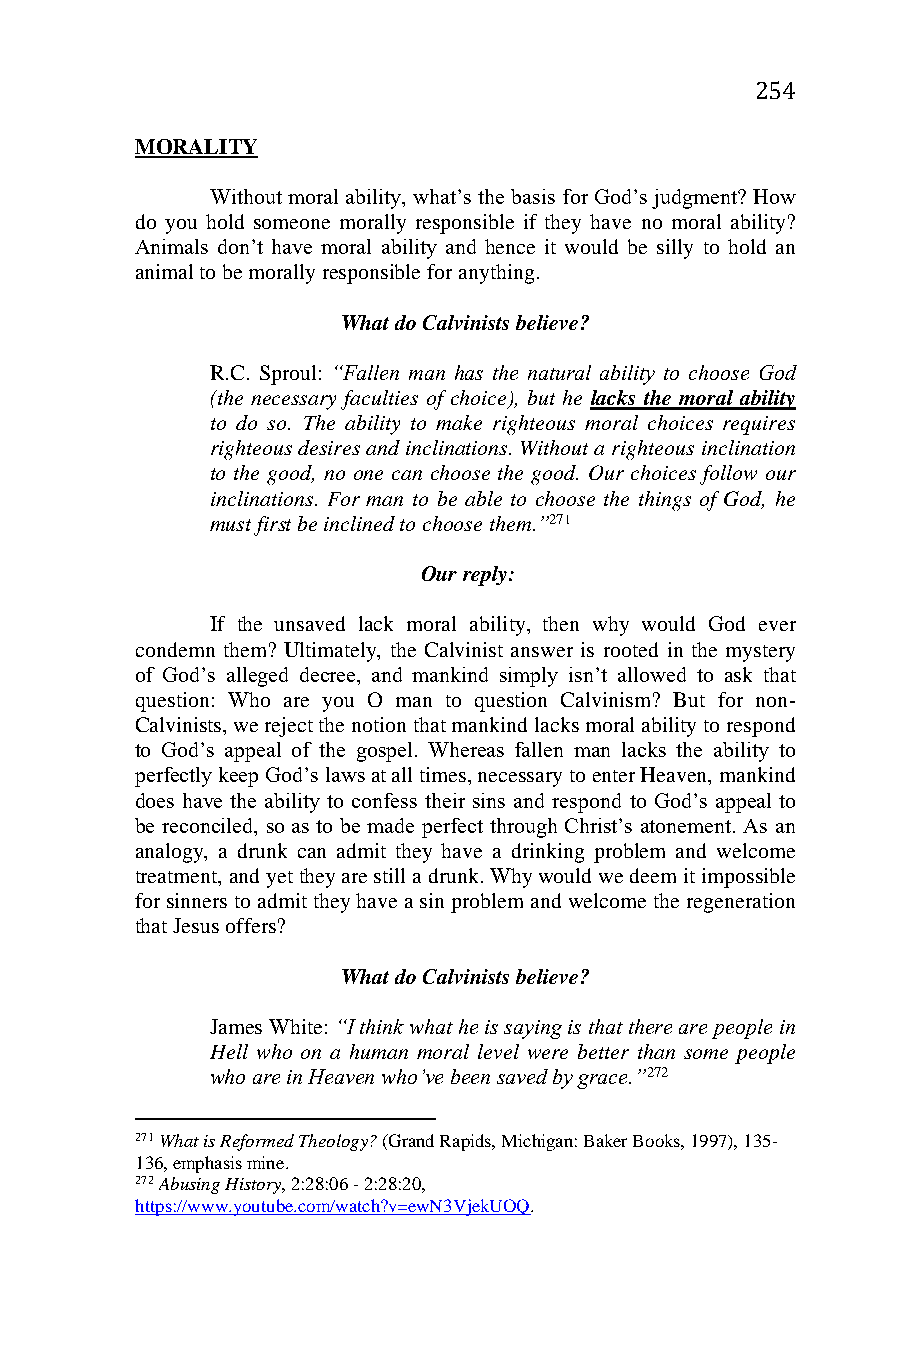
254
 MORALITY
 Without moral ability, what’s the basis for God’s judgment? How
 do you hold someone morally responsible if they have no moral ability?
 Animals don’t have moral ability and hence it would be silly to hold an
 animal to be morally responsible for anything.
 What do Calvinists believe?
 R.C. Sproul: “Fallen man has the natural ability to choose God
 (the necessary faculties of choice), but he lacks the moral ability
 to do so. The ability to make righteous moral choices requires
 righteous desires and inclinations. Without a righteous inclination
 to the good, no one can choose the good. Our choices follow our
 inclinations. For man to be able to choose the things of God, he
 must first be inclined to choose them.”271
 Our reply:
 If the unsaved lack moral ability, then why would God ever
 condemn them? Ultimately, the Calvinist answer is rooted in the mystery
 of God’s alleged decree, and mankind simply isn’t allowed to ask that
 question: Who are you O man to question Calvinism? But for non-
 Calvinists, we reject the notion that mankind lacks moral ability to respond
 to God’s appeal of the gospel. Whereas fallen man lacks the ability to
 perfectly keep God’s laws at all times, necessary to enter Heaven, mankind
 does have the ability to confess their sins and respond to God’s appeal to
 be reconciled, so as to be made perfect through Christ’s atonement. As an
 analogy, a drunk can admit they have a drinking problem and welcome
 treatment, and yet they are still a drunk. Why would we deem it impossible
 for sinners to admit they have a sin problem and welcome the regeneration
 that Jesus offers?
 What do Calvinists believe?
 James White: “I think what he is saying is that there are people in
 Hell who on a human moral level were better than some people
 who are in Heaven who’ve been saved by grace.”272
 271 What is Reformed Theology? (Grand Rapids, Michigan: Baker Books, 1997), 135-
 136, emphasis mine.
 272 Abusing History, 2:28:06 - 2:28:20,
 https://www.youtube.com/watch?v=ewN3VjekUOQ.